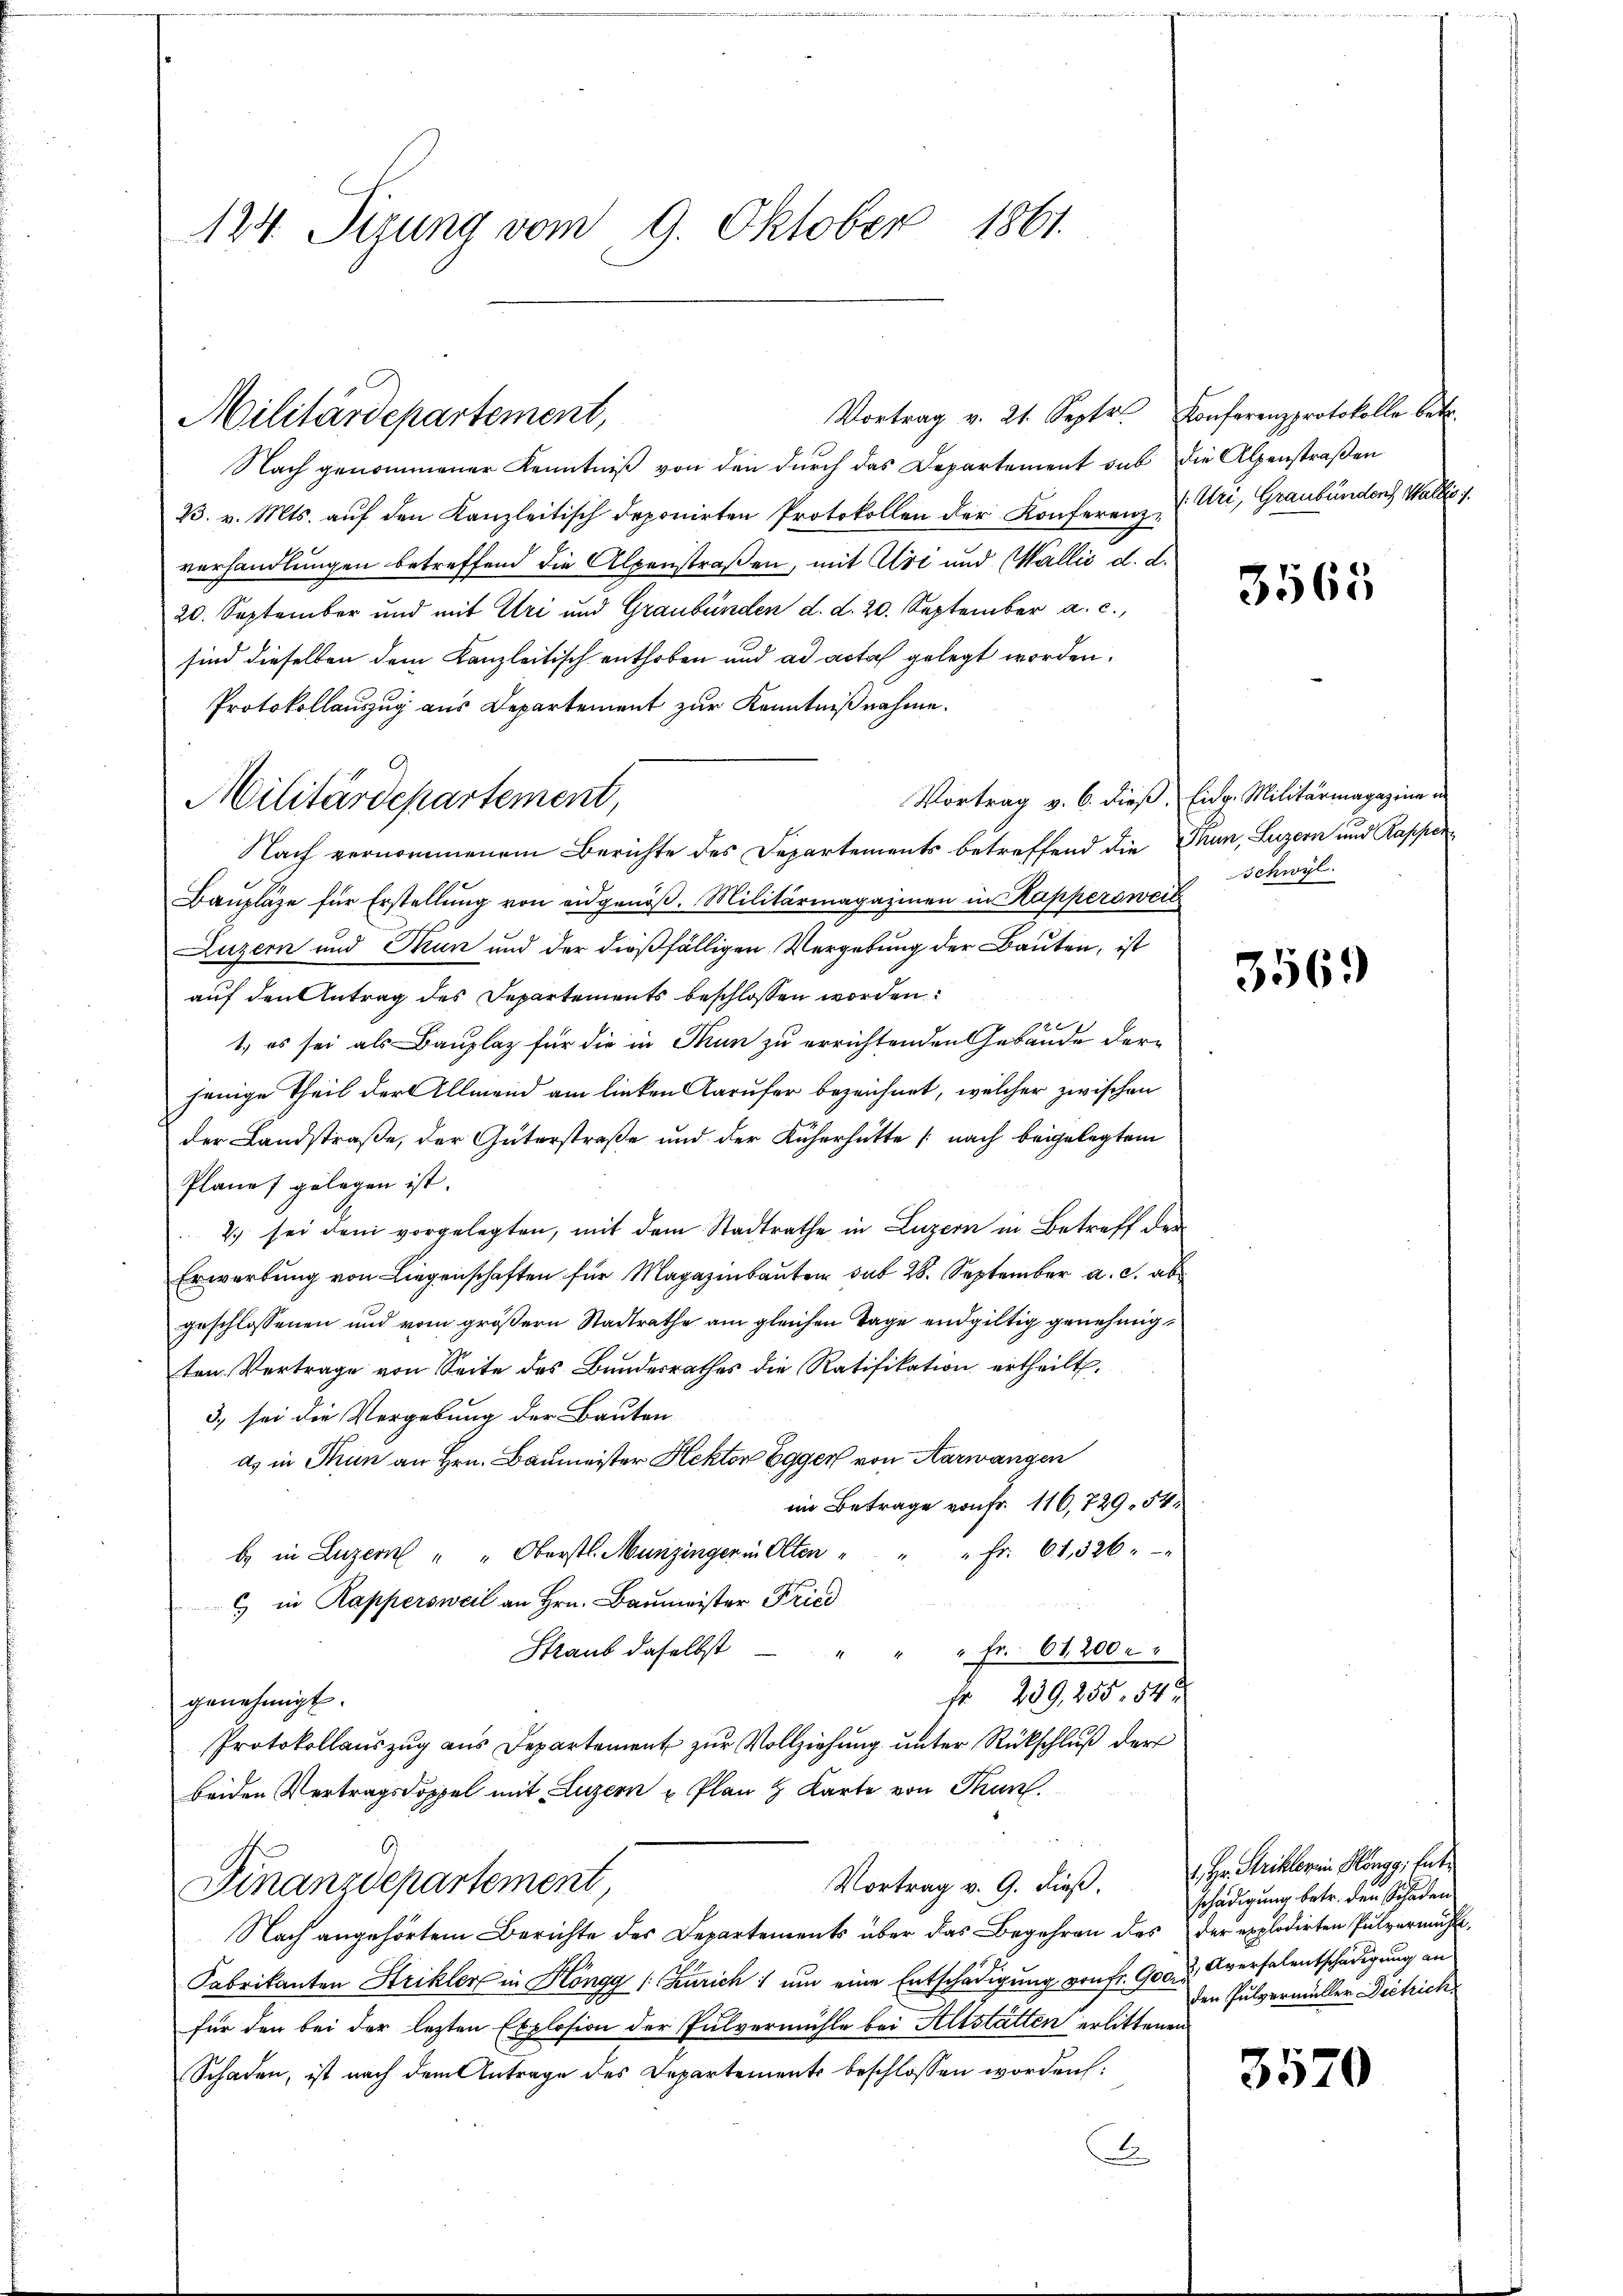
124. Sizung vom 9. Oktober 1861.

Vortrag v. 21. Septr. Konferenzprotokolle betr.
Militärdepartement,

Nach genommener Kenntniβ von den dŭrch das Departement sub die Alpenstraβen
23. v. Mts. auf den Kanzleitisch deponirten Protokollen der Konferenz (Uri, Graubündens, Wallis i
verhandlungen betreffend die Alpenstraßen, mit Uri und Wallis d. d.
20. September und mit Uri und Graubünden d. d. 20. September a. c.,
sind dieselben dem Kanzleitisch enthoben und ad acta gelegt worden.
Protokollauszug aus Departement zur Kenntnißnahme.
Nach vernommenem Berichte des Departements betreffend die Thun, Luzern und Rapper
Baŭpläne für Erstellŭng von eidgenöβ. Militärmagazinen in Kappersweil
Luzern und Thun und der dießfälligen Vergebung der Bauten, ist
auf den Antrag des Departements beschlossen worden.
1., es sei als Bauplaz für die in Thun zu errichtenden Gebäude derjenige Theil der Allmend am linken Karufer bezeichnet, welcher zwischen
der Landstraße, der Güterstraße und der Küherhatte (nach beigelegtem
Plane gelegen ist.
2) sei dem vorgelegten, mit dem Stadtrathe in Luzern in Betreff der
Erwerbŭng von Liegenschaften für Magazinbauten sub 28. September a. c. ab
geschlossenen und vom größern Stadtrathe am gleichen Tage endgültig genehmigten Vertrage von Seite des Bŭndesrathes die Ratifikation ertheilt.
3) sei die Vergebung der Bauten
ds in Thun an Hrn. Baumeister Hektor Egger von Aarwangen
im Betrage von Fr. 116, 729. 54.
" Fr. 61, 326.
b. in Luzern " " Oberstl. Munzingen in Olten
c) in Kappersweil an Hrn. Baumeister Fried
Straub daselbst
" " " fr. 61,200 " "
fr 239,255. 54
genehmigt.
Protokollauszug aus Departement zur Vollziehung unter Rückschluß der
beiden Vertragsdoppel mit Luzern u Plan & Karte von Thun.
Vortrag v. 9. dieß.
Finanzdepartement,
Nach angehörtem Berichte des Departements über das Begehren des der explodirten Pulvermühle¬
Fabrikanten Strikler in Höngg (Zürich 1 um eine Entschädigung von fr. 900. d. Aversalentschädigung an
für den bei der lezten Explosion der Pulvermühle bei Altstatten erlittenen
Schaden, ist nach dem Antrage des Departements beschlossen worden.
x

Militärdepartement,

3565

Vortrag v. 6. dieß, Eidg. Militärmagazine in
Schwyl

356.

1. Hr. Stricklerein Höngg, tute
schädigung betr. den Schaden
den Pulvermüller Dietrich

3570